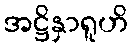
အဋ္ဌိနှာရူဟိ